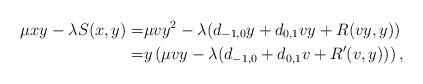
LaTeX: \begin{align*}\mu xy -\lambda S(x,y) =&\mu vy^2 - \lambda (d_{-1,0}y +d_{0,1}vy + R(vy,y))\\=&y\left(\mu vy -\lambda(d_{-1,0} +d_{0,1}v + R'(v,y)) \right),\end{align*}